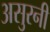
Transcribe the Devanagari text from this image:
असुरनी